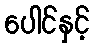
ပေါင်နှင့်